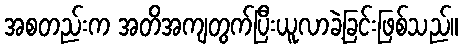
အစတည်းက အတိအကျတွက်ပြီးယူလာခဲ့ခြင်းဖြစ်သည်။